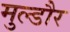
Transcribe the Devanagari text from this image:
मुल्डौर